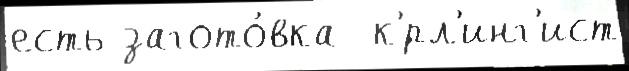
есть загото́вка  к'́рл'инг'ист